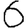
Digit: 6